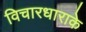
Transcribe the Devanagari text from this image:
विचारधाराके